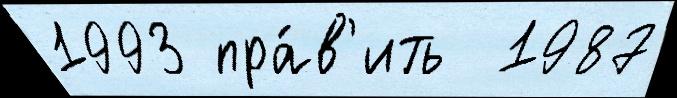
1993 пра́в'ить  1987